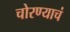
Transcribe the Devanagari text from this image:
चोरण्याचं